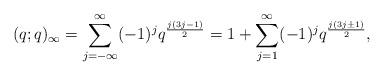
LaTeX: \begin{align*}(q;q)_{\infty} = \sum_{j = -\infty}^{\infty}(-1)^{j}q^{\frac{j(3j - 1)}{2}}= 1 + \sum_{j = 1}^{\infty}(-1)^{j}q^{\frac{j(3j\pm 1)}{2}},\end{align*}